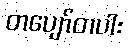
တပျော်တပါး